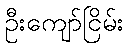
ဦးကျော်ငြိမ်း